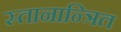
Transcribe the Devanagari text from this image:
स्तानान्त्रित